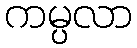
ကမ္ပလာ